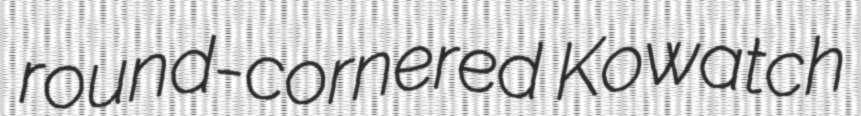
round-cornered Kowatch